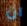
ان